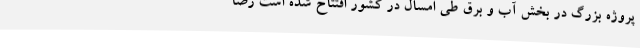
پروژه بزرگ ‌در بخش آب و برق طی امسال در کشور افتتاح شده است ‌رضا